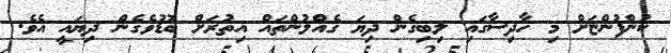
ކުންފުންޏަށް މި ހާދިސާގައި ލިބިގެން ދިޔަ ގެއްލުންތައް އިތުރަށް ބޮޑުވެގެން ދިޔައީ އެވެ.